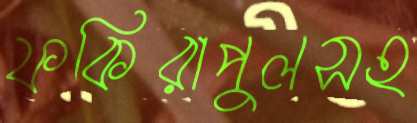
ফকিরাপুলসহ